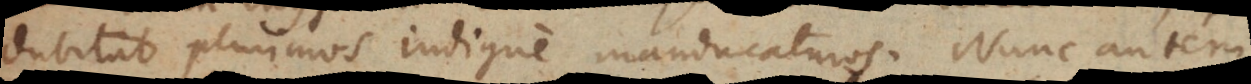
dubitat plurimos indigne manducaturos. Nunc autem